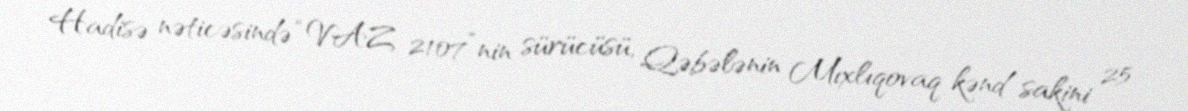
Hadisə nəticəsində “VAZ 2107”nin sürücüsü, Qəbələnin Mıxlıqovaq kənd sakini 25